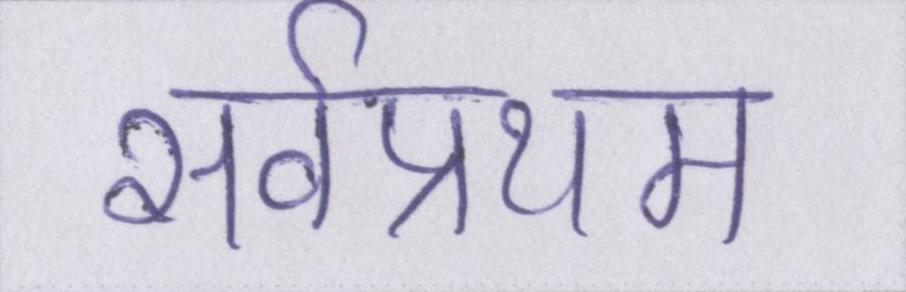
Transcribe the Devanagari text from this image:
सर्वप्रथम